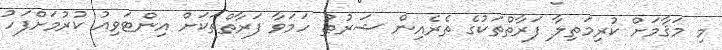
މި މަޤާމަށް ކުރިމަތިލާ ފަރާތްތަކުގެ ތެރެއިން ޝަރުޠު ހަމަވާ ފަރާތްތަކަށް އިންޓަވިއު ކުރުމަށްފަހު